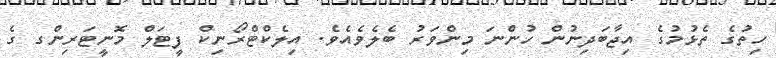
ހިތުގެ ތެޅުމުގެ އިޖާބަދިނުން ހުންނަ މިންވަރު ބެލެވެއެވެ. އިލެކްޓްރޯނިކް ފީޓަލް މޮނީޓަރިންގ ގެ